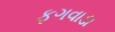
ફગવાડા